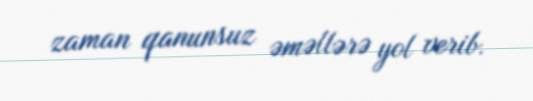
zaman qanunsuz əməllərə yol verib.